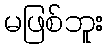
မဖြစ်ဘူး